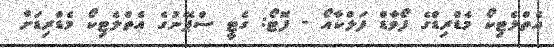
އެތްލެޓިކޯ މެޑްރިޑްގެ ފޯވާޑް ފަލްކާއޯ - ފޮޓޯ: ގެޓީ ސްޕޭނުގެ އެތްލެޓިކޯ މެޑްރިޑަށް